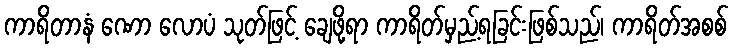
ကာရိတာနံ ဏော လောပံ သုတ်ဖြင့် ချေဖို့ရာ ကာရိတ်မှည့်ရခြင်းဖြစ်သည်၊ ကာရိတ်အစစ်